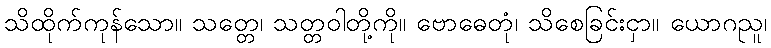
သိထိုက်ကုန်သော။ သတ္တေ၊ သတ္တဝါတို့ကို။ ဗောဓေတုံ၊ သိစေခြင်းငှာ။ ယောဂညူ၊